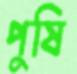
পুষি